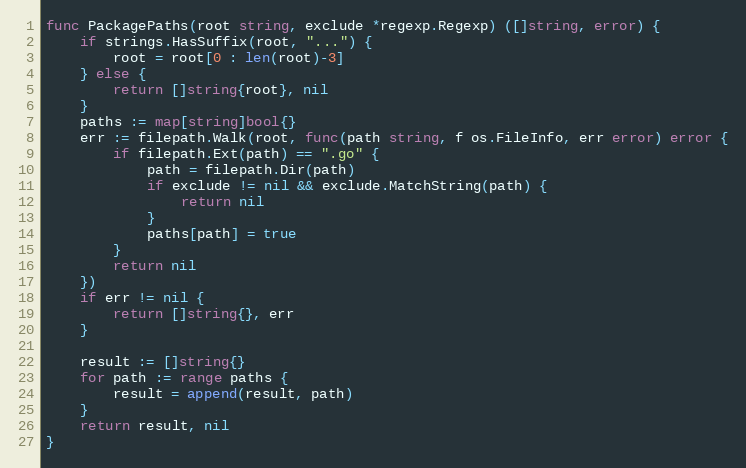
Language: Go
func PackagePaths(root string, exclude *regexp.Regexp) ([]string, error) {
	if strings.HasSuffix(root, "...") {
		root = root[0 : len(root)-3]
	} else {
		return []string{root}, nil
	}
	paths := map[string]bool{}
	err := filepath.Walk(root, func(path string, f os.FileInfo, err error) error {
		if filepath.Ext(path) == ".go" {
			path = filepath.Dir(path)
			if exclude != nil && exclude.MatchString(path) {
				return nil
			}
			paths[path] = true
		}
		return nil
	})
	if err != nil {
		return []string{}, err
	}

	result := []string{}
	for path := range paths {
		result = append(result, path)
	}
	return result, nil
}